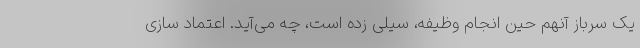
یک سرباز آنهم حین انجام وظیفه، سیلی زده است، چه می‌آید. اعتماد سازی